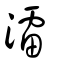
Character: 㵢